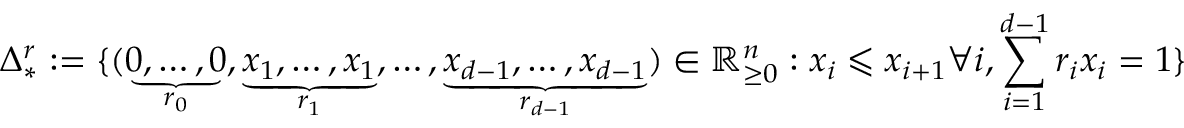
\Delta _ { * } ^ { r } : = \{ ( \underbrace { 0 , \ldots , 0 } _ { r _ { 0 } } , \underbrace { x _ { 1 } , \ldots , x _ { 1 } } _ { r _ { 1 } } , \ldots , \underbrace { x _ { d - 1 } , \ldots , x _ { d - 1 } } _ { r _ { d - 1 } } ) \in \mathbb { R } _ { \geq 0 } ^ { n } : x _ { i } \leqslant x _ { i + 1 } \forall i , \sum _ { i = 1 } ^ { d - 1 } r _ { i } x _ { i } = 1 \}